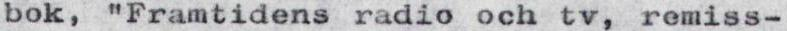
bok, "Framtidens radio och tv, remiss-